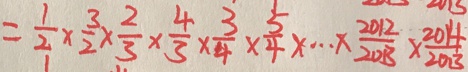
= \frac { 1 } { 2 } \times \frac { 3 } { 2 } \times \frac { 2 } { 3 } \times \frac { 4 } { 3 } \times \frac { 3 } { 4 } \times \frac { 5 } { 4 } \times \cdots \times \frac { 2 0 1 2 } { 2 0 1 3 } \times \frac { 2 0 1 4 } { 2 0 1 3 }